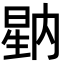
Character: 𭦷